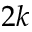
2 k